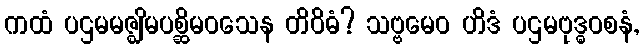
ကထံ ပဌမမဇ္ဈိမပစ္ဆိမဝသေန တိဝိဓံ? သဗ္ဗမေဝ ဟိဒံ ပဌမဗုဒ္ဓဝစနံ,